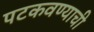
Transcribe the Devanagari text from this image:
पटकवण्याची